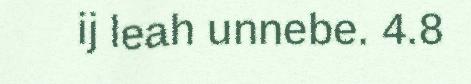
ij leah unnebe. 4.8